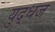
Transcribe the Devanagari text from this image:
युद्धज